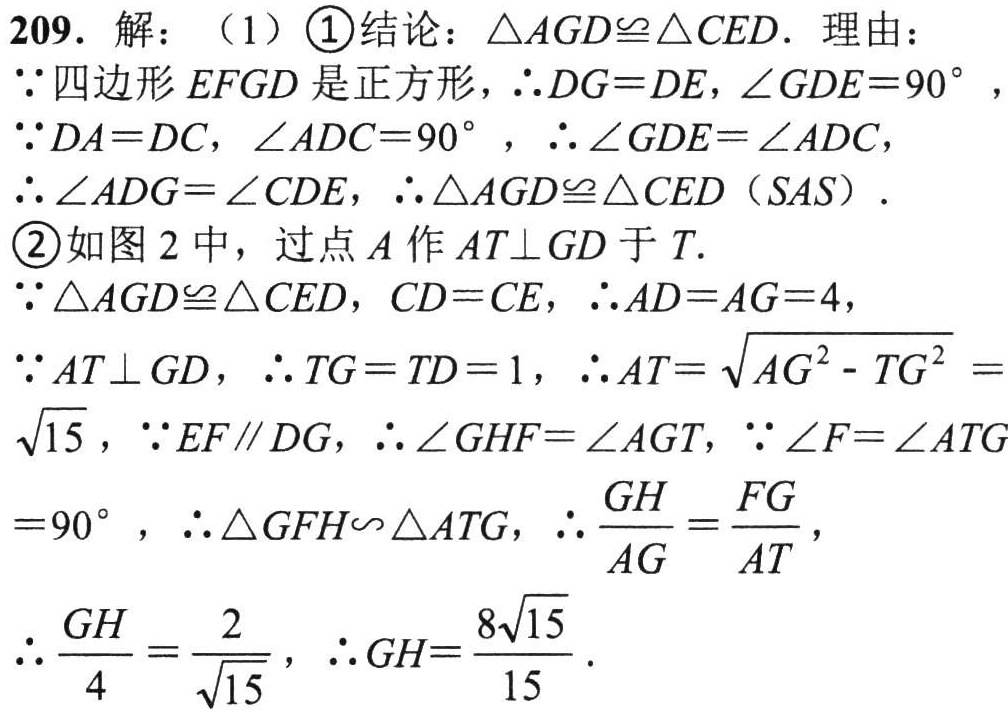
209. 解：（1）\textcircled{1}结论：\(\triangle AGD\cong\triangle CED\). 理由：
\(\because\)四边形 \(EFGD\) 是正方形，\(\therefore DG = DE,\angle GDE = 90^{\circ}\)，
\(\because DA = DC\)，\(\angle ADC = 90^{\circ}\)，\(\therefore\angle GDE=\angle ADC\)，
\(\therefore\angle ADG=\angle CDE\)，\(\therefore\triangle AGD\cong\triangle CED\ (SAS)\).
\textcircled{2}如图 2 中，过点 \(A\) 作 \(AT\perp GD\) 于 \(T\).
\(\because\triangle AGD\cong\triangle CED\)，\(CD = CE\)，\(\therefore AD = AG = 4\)，
\(\because AT\perp GD\)，\(\therefore TG = TD = 1\)，\(\therefore AT=\sqrt{AG^{2}-TG^{2}}=\sqrt{15}\)，\(\because EF\parallel DG\)，\(\therefore\angle GHF=\angle AGT\)，\(\because\angle F=\angle ATG = 90^{\circ}\)，\(\therefore\triangle GFH\backsim\triangle ATG\)，\(\therefore\frac{GH}{AG}=\frac{FG}{AT}\)，
\(\therefore\frac{GH}{4}=\frac{2}{\sqrt{15}}\)，\(\therefore GH=\frac{8\sqrt{15}}{15}\).